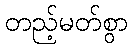
တည့်မတ်စွာ